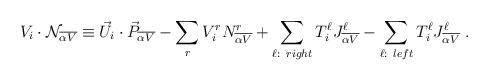
LaTeX: \begin{align*} V_i \cdot {\cal N}_{\overline {\alpha V}} \equiv {\vec U}_i \cdot {\vec P}_{\overline {\alpha V}} - \sum_{r} V^r_i N^r_{\overline {\alpha V}} + \sum_{\ell: ~right} T^\ell_i J^\ell_{\overline {\alpha V}} - \sum_{\ell: ~left} T^\ell_i J^\ell_{\overline {\alpha V}} ~.\end{align*}